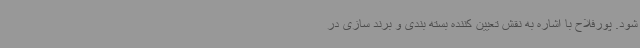
شود. پورفلاح با اشاره به نقش تعیین کننده بسته بندی و برند سازی در